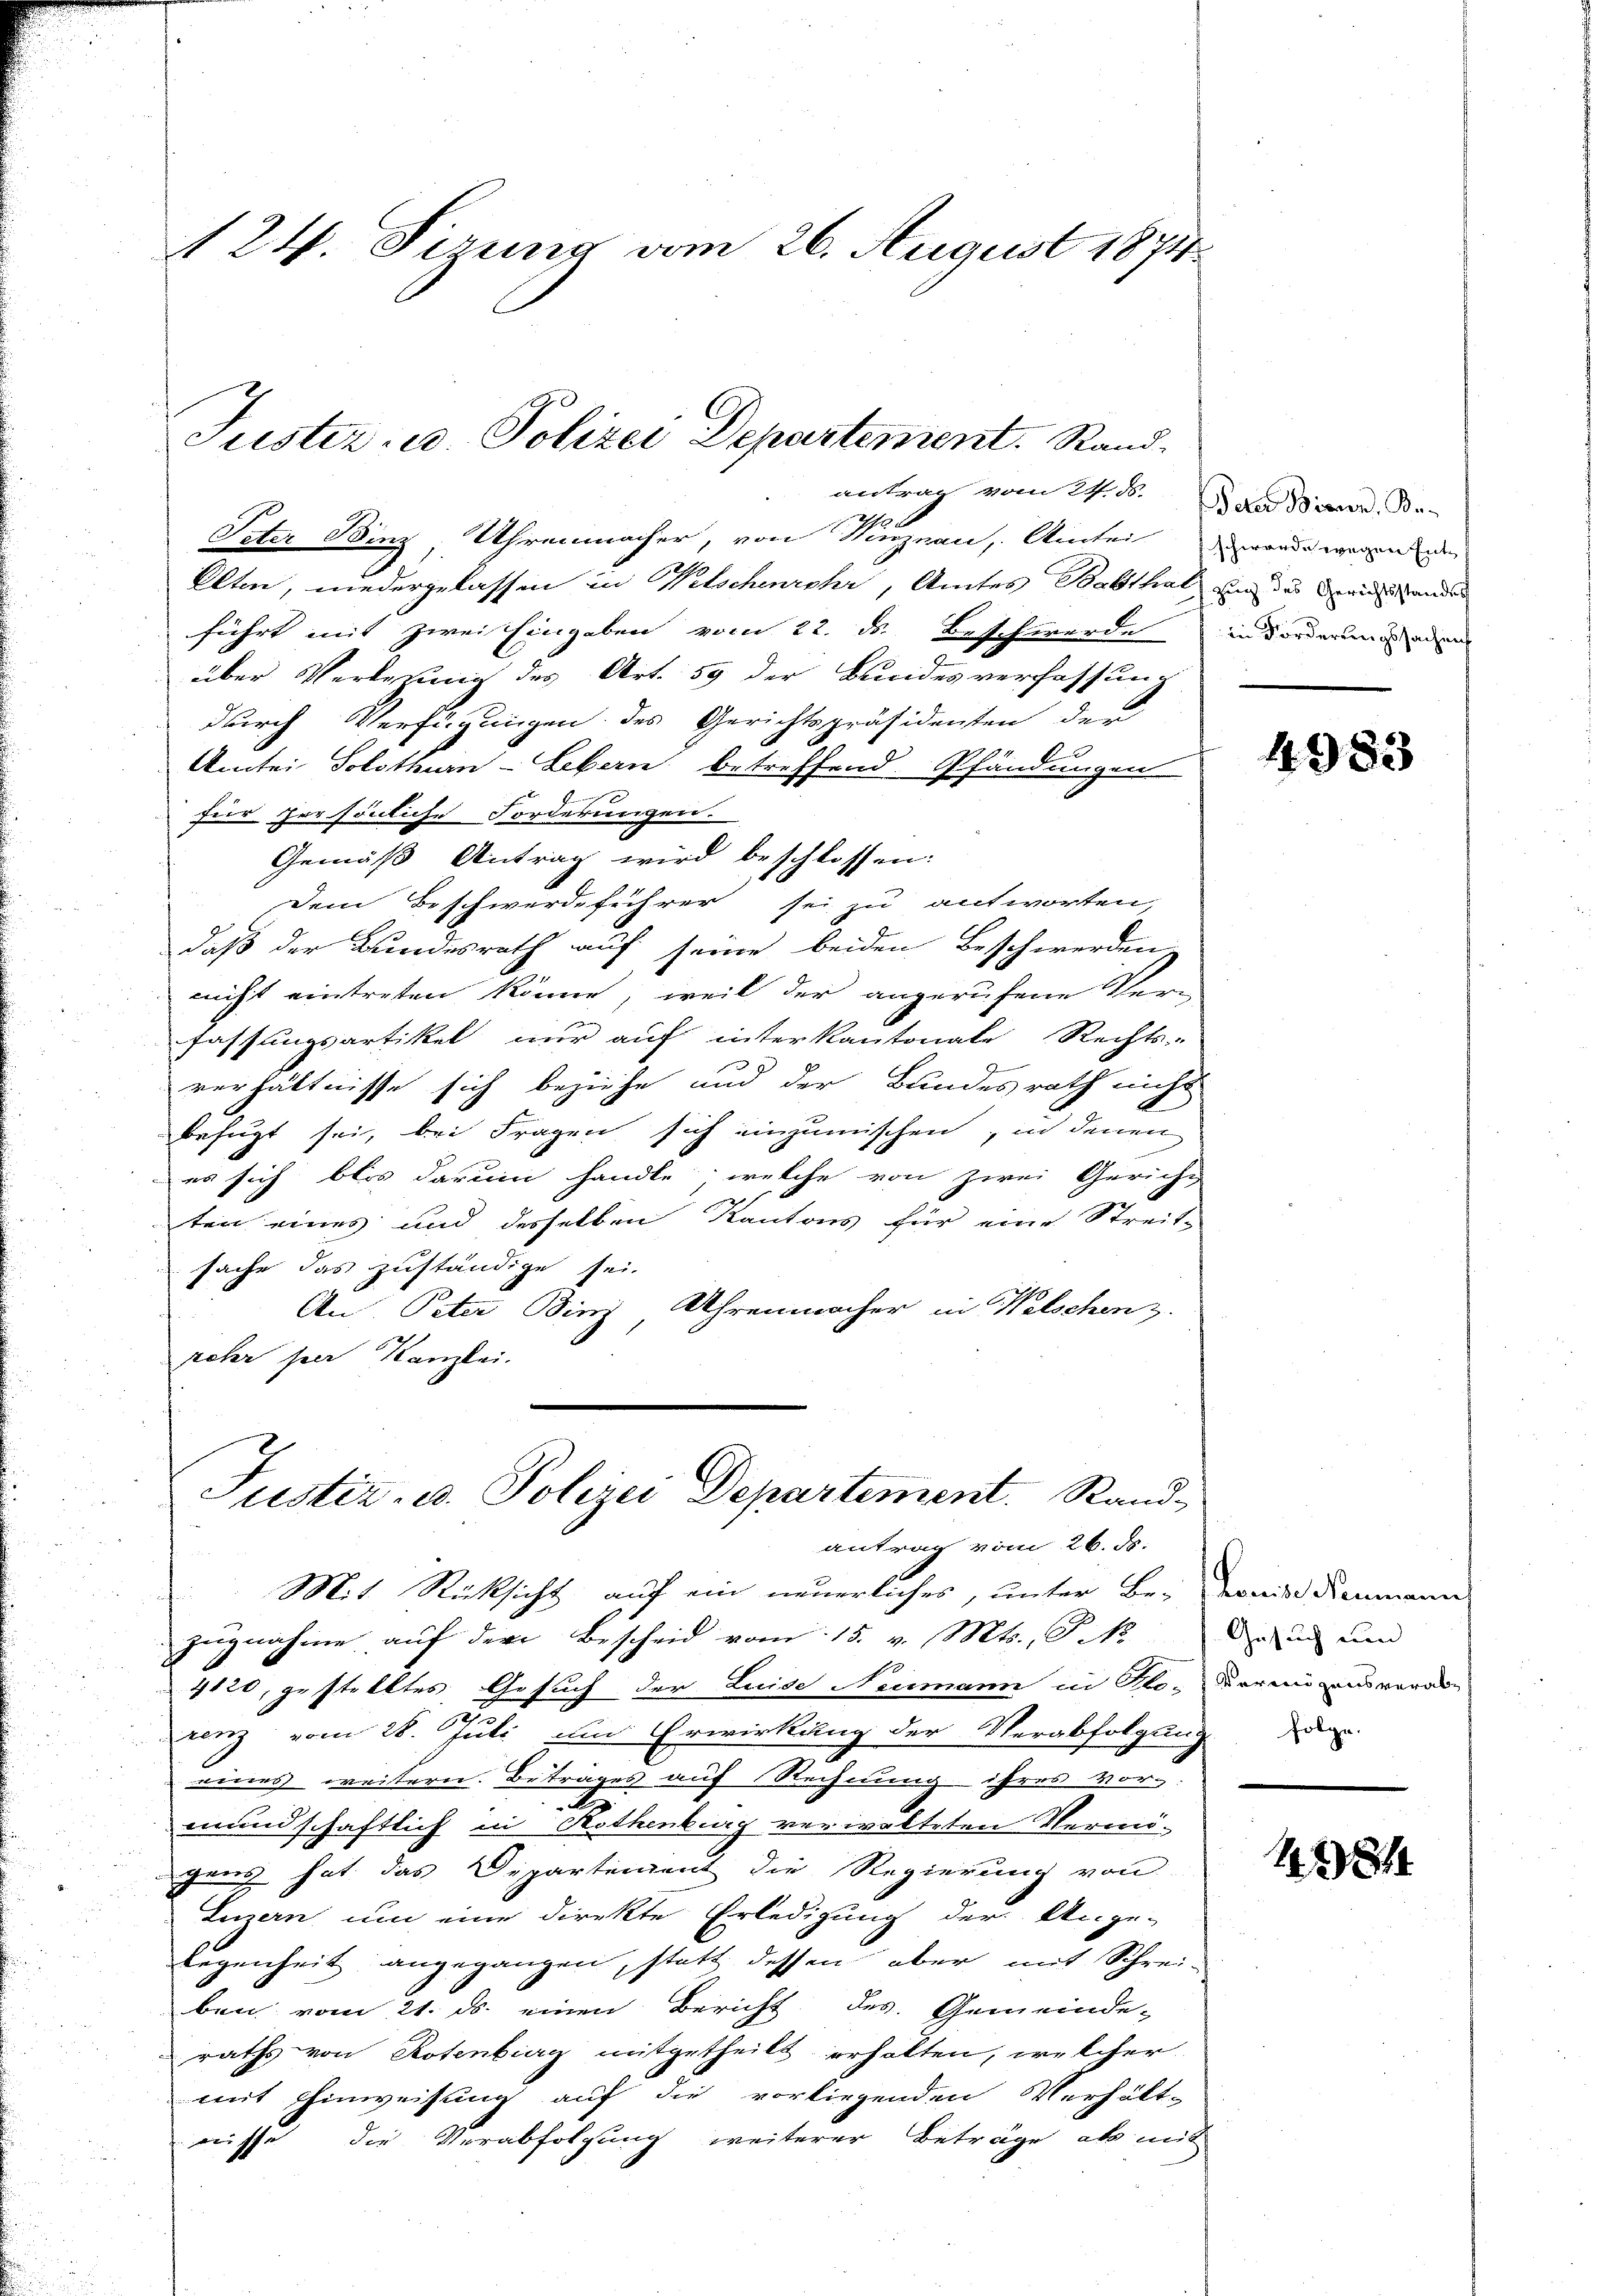
124. Sirung vom 26. August 1874.

antrag vom 24. ds.

Peter Binz Uhrenmacher, von Vinznau, Amtei wande wenn ein
Olten, niedergelassen in Welschenrohr, Amtes Balthal en der Seinigenden
führt mit zwei Eingaben vom 22. ds. Beschwerde in Vorderung ein
über Verlegung des Art. 59 der Blindesverfassung
durch Verfügungen des Gerichtspräsidenten der
Amtei Solothurn - Lebern betreffend Pfändungen
für persönliche Forderungen.
Gemäß Antrag wird beschlossen:
Dem Beschwerdeführer sei zu antworten,
daß der Bundesrath auf seine beiden Beschwerden
nicht eintreten könne, weil der angerufene Verfassungsartikel nur auf interkantonale Rechts-
verhältnisse sich beziehe und der Bundesrath nicht
befugt sei, bei Fragen sich einzumischen, in denen
es sich blos darum handle, welche von zwei Gericht
ten eines und desselben Kantons für eine Streit-
sache das zuständige sei.
An Peter Binz Uhrenmacher in Welschen.
kehr her Kanzlei.

Justiz u. Polizei Departement. Rand

Justiz- u. Polizei Departement. Sandantrag vom 26. ds.
Mit Rücksicht auf ein neuerliches, unter Be-

zŭgnahme aŭf der Bescheid vom 15. v. Mts., P. N
4120, gestelltes Gesuch der Leide Neumann in Glo-Vermögen verabrenz vom 28. Juli um Erwirkung der Verabfolgung
eines weitern. Betrages auf Rechnung ihres vor-
mundschaftlich in Rothenburg verwalteten Vermö-
gens hat das Departement die Regierung von
Luzern um eine direkte Erledigung der Ange-
legenheit angegangen, statt dessen aber mit Schrei-
ben vom 21. ds. einen Bericht des Gemeinde-
raths von Rotenbieg mitgetheilt erhalten, welcher
mit Einweisung auf die vorliegenden Verhält-
wisse die Verabfolgung weiterer Beträge als mit

Peter Bienen Be

4983

Louise Neumanns
Gesuch um

folg.

1